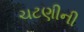
ચટણીની